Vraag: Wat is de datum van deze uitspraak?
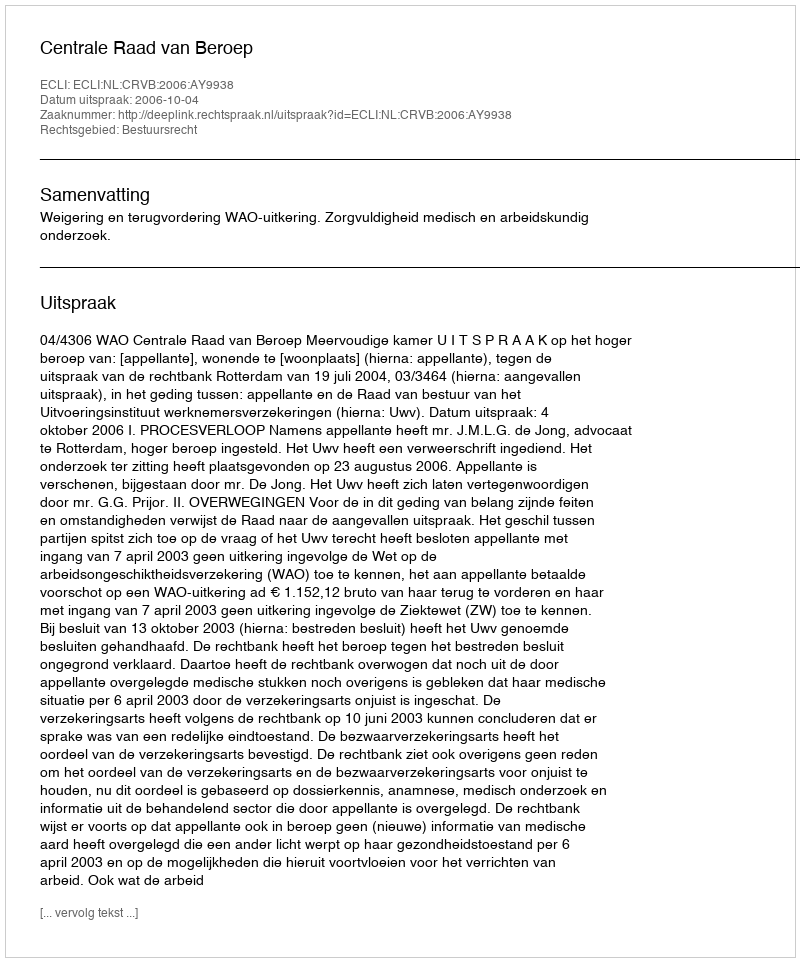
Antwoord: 2006-10-04